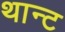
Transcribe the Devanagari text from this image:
थान्ट